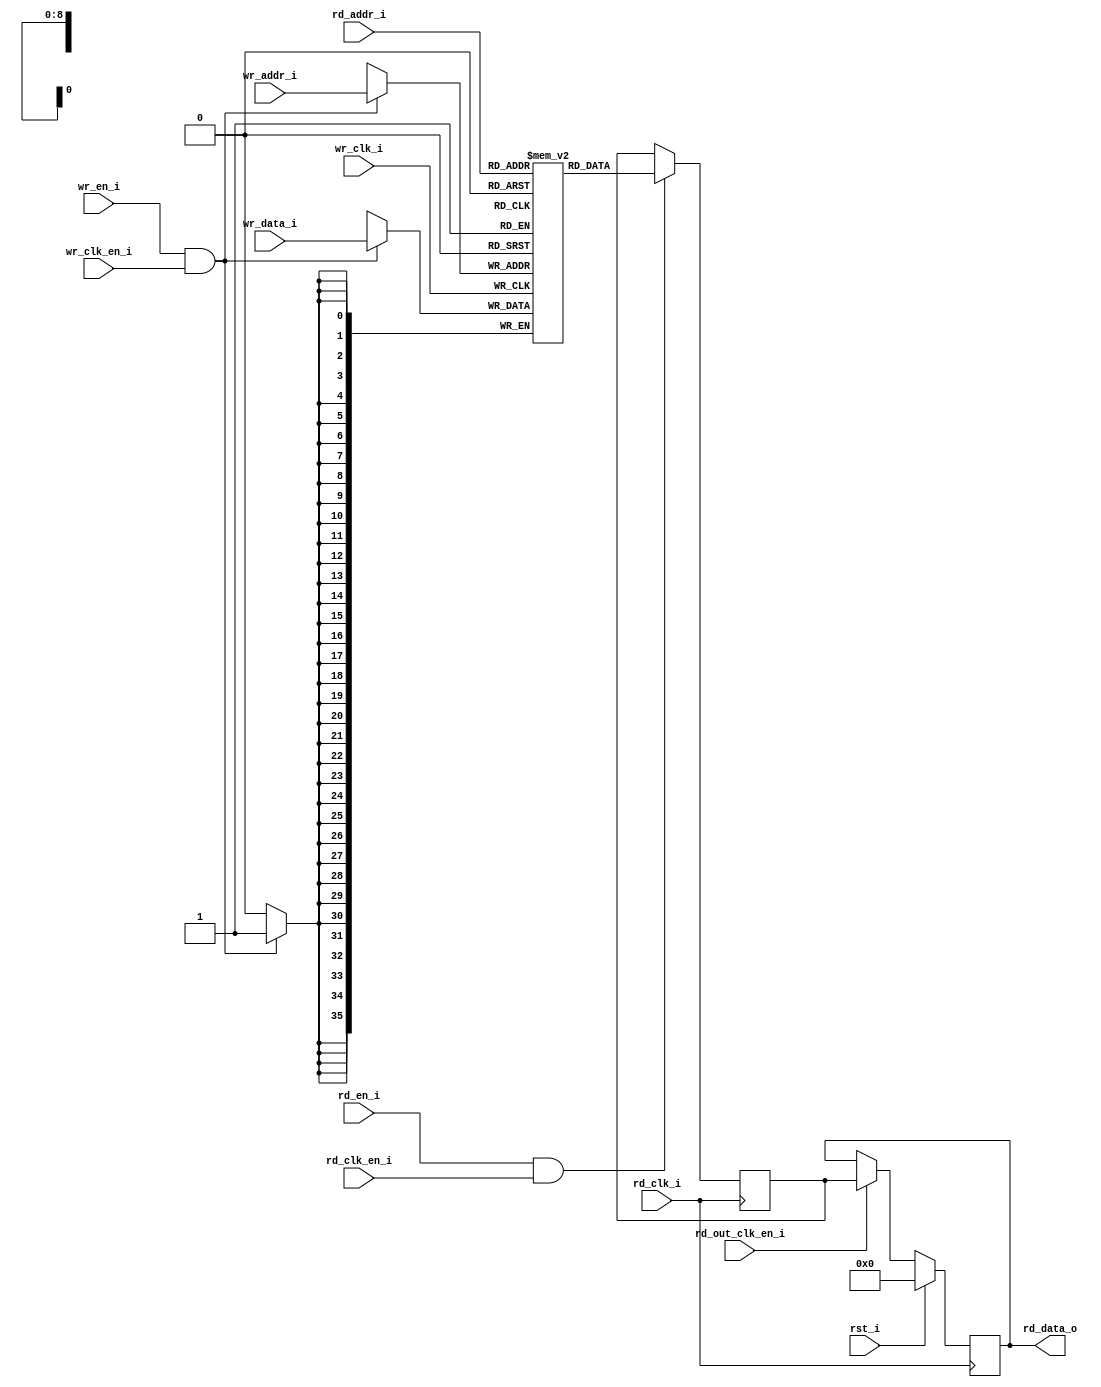
// =============================================================================
// >>>>>>>>>>>>>>>>>>>>>>>>> COPYRIGHT NOTICE <<<<<<<<<<<<<<<<<<<<<<<<<<<<<<<<<<
// -----------------------------------------------------------------------------
//   Copyright (c) 2017 by Lattice Semiconductor Corporation
//   ALL RIGHTS RESERVED
// -----------------------------------------------------------------------------
//
//   Permission:
//
//      Lattice SG Pte. Ltd. grants permission to use this code
//      pursuant to the terms of the Lattice Reference Design License Agreement.
//
//
//   Disclaimer:
//
//      This VHDL or Verilog source code is intended as a design reference
//      which illustrates how these types of functions can be implemented.
//      It is the user's responsibility to verify their design for
//      consistency and functionality through the use of formal
//      verification methods.  Lattice provides no warranty
//      regarding the use or functionality of this code.
//
// -----------------------------------------------------------------------------
//
//                  Lattice SG Pte. Ltd.
//                  101 Thomson Road, United Square #07-02
//                  Singapore 307591
//
//
//                  TEL: 1-800-Lattice (USA and Canada)
//                       +65-6631-2000 (Singapore)
//                       +1-503-268-8001 (other locations)
//
//                  web: http://www.latticesemi.com/
//
// -----------------------------------------------------------------------------
//
// =============================================================================
//                         FILE DETAILS
// Project               : iCE40 UltraPlus
// Title                 :
// Dependencies          :
// Description           : Implements a pseudo Dual Port RAM implementing EBR.
// =============================================================================
//                        REVISION HISTORY
// Version               : 1.0.0.
// Author(s)             :
// Mod. Date             :
// Changes Made          : Initial release.
// =============================================================================

`ifndef LSCC_RAM_DP
`define LSCC_RAM_DP
module lscc_ram_dp #
(
parameter                     WADDR_DEPTH      = 512,
parameter                     WADDR_WIDTH      = clog2(WADDR_DEPTH),
parameter                     WDATA_WIDTH      = 36,
parameter                     RADDR_DEPTH      = 512,
parameter                     RADDR_WIDTH      = clog2(RADDR_DEPTH),
parameter                     RDATA_WIDTH      = 36,
parameter                     REGMODE          = "reg",
parameter                     GSR              = "",
parameter                     RESETMODE        = "sync",
parameter                     OPTIMIZATION     = "", 
parameter                     INIT_FILE        = "none",
parameter                     INIT_FILE_FORMAT = "binary",
parameter                     FAMILY           = "",
parameter                     MODULE_TYPE      = "ram_dp",
parameter                     INIT_MODE        = "none",
parameter                     BYTE_ENABLE      = 0,
parameter                     BYTE_SIZE        = 8,
parameter                     BYTE_WIDTH       = 0,
parameter                     PIPELINES        = 0,
parameter                     ECC_ENABLE       = ""
)
// -----------------------------------------------------------------------------
// Input/Output Ports
// -----------------------------------------------------------------------------
(
input                         wr_clk_i,
input                         rd_clk_i,
input                         rst_i,
input                         wr_clk_en_i,
input                         rd_clk_en_i,
input                         rd_out_clk_en_i,

input                         wr_en_i,
input [WDATA_WIDTH-1:0]       wr_data_i,
input [WADDR_WIDTH-1:0]       wr_addr_i,
input 						  rd_en_i,
input [RADDR_WIDTH-1:0]       rd_addr_i,

output reg [RDATA_WIDTH-1:0]  rd_data_o
);

// -----------------------------------------------------------------------------
// Local Parameters
// -----------------------------------------------------------------------------
// Memory size = (addr_depth_a x data_width_a) = (addr_depth_b x data_width_b)
localparam                    MEM_DEPTH = (WDATA_WIDTH * (1 << WADDR_WIDTH));

wire                         rd_en;
wire                         wr_en;

// -----------------------------------------------------------------------------
// Register Declarations
// -----------------------------------------------------------------------------
reg [RDATA_WIDTH-1:0]        dataout_reg;
reg [RDATA_WIDTH-1:0]        mem[2 ** RADDR_WIDTH-1:0] /* synthesis syn_ramstyle="rw_check" */;

// -----------------------------------------------------------------------------
// Assign Statements
// -----------------------------------------------------------------------------
assign                       rd_en = rd_en_i & rd_clk_en_i;
assign                       wr_en = wr_en_i & wr_clk_en_i;

// -----------------------------------------------------------------------------
// Initial Block
// -----------------------------------------------------------------------------
initial begin
  if (INIT_MODE == "mem_file" && INIT_FILE != "none") begin
    if (INIT_FILE_FORMAT == "hex") begin
      $readmemh(INIT_FILE, mem);
    end
    else begin
  	  $readmemb(INIT_FILE, mem);
    end
  end
end

// -----------------------------------------------------------------------------
// Generate Sequential Blocks
// -----------------------------------------------------------------------------
generate
  if (REGMODE == "noreg") begin

    always @(posedge wr_clk_i) begin
      if (wr_en == 1'b1) begin
          mem[wr_addr_i] <= wr_data_i;
      end
    end

    always @(posedge rd_clk_i) begin
      if (rd_en == 1'b1) begin
        rd_data_o <= mem[rd_addr_i];
      end
    end
		
  end //if (REGMODE == "noreg")  
endgenerate

generate
  if (REGMODE == "reg") begin

    always @(posedge wr_clk_i) begin
      if (wr_en == 1'b1) begin
          mem[wr_addr_i] <= wr_data_i;
      end
    end
    
    always @(posedge rd_clk_i) begin
      if (rd_en == 1'b1) begin
        dataout_reg <= mem[rd_addr_i];
      end
	end

	if (RESETMODE == "sync") begin 
    
	always @ (posedge rd_clk_i) begin
        if (rst_i == 1'b1) begin
          rd_data_o <= 'h0;
	    end
        else if (rd_out_clk_en_i == 1'b1) begin
		  rd_data_o <= dataout_reg;
        end
      end
    
	end //if (RESETMODE == "sync")

	if (RESETMODE == "async") begin 
	
      always @ (posedge rd_clk_i or posedge rst_i) begin
        if (rst_i == 1'b1) begin
          rd_data_o <= 'h0;
	    end
        else if (rd_out_clk_en_i == 1'b1) begin
		  rd_data_o <= dataout_reg;
        end
      end 
    
	end //if (RESETMODE == "async") 
	
  end //if (REGMODE == "reg")
endgenerate	
  
//------------------------------------------------------------------------------
// Function Definition
//------------------------------------------------------------------------------
function [31:0] clog2;
  input [31:0] value;
  reg   [31:0] num;
  begin
    num = value - 1;
    for (clog2=0; num>0; clog2=clog2+1) num = num>>1;
  end
endfunction

endmodule
//=============================================================================
// lscc_ram_dp.v
// Local Variables:
// verilog-library-directories: ("../../common")
// End:
//=============================================================================
`endif